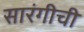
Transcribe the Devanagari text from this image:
सारंगीची